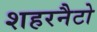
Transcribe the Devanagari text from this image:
शहरनैटो